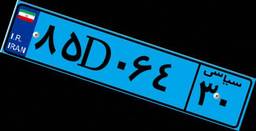
۵۳D۶۱۱۹۹